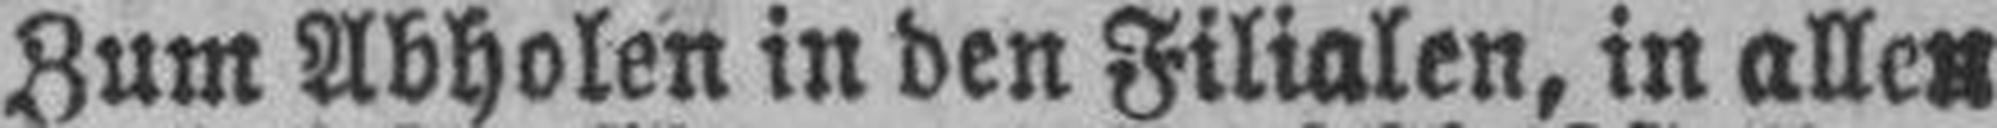
Zum Abholen in den Filialen, in allen